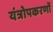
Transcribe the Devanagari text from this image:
यंत्रोपकरणों